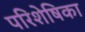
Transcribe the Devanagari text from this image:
परिशेषिका